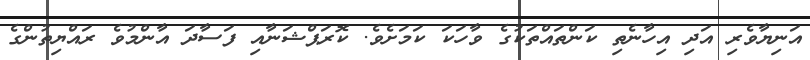
އަނިޔާވެރި އަދި އިހާނެތި ކަންތައްތަކުގެ ވާހަކަ ކަމަށެވެ. ކޮރަޕްޝަނާއި ފަސާދަ އާންމުވެ ރައްޔިތުންގެ